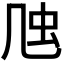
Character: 𠙍